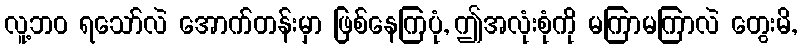
လူ့ဘဝ ရသော်လဲ အောက်တန်းမှာ ဖြစ်နေကြပုံ, ဤအလုံးစုံကို မကြာမကြာလဲ တွေးမိ,